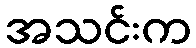
အသင်းက